Vaccination in Burma 1912-1922 - 1912-1922
Year: 1912
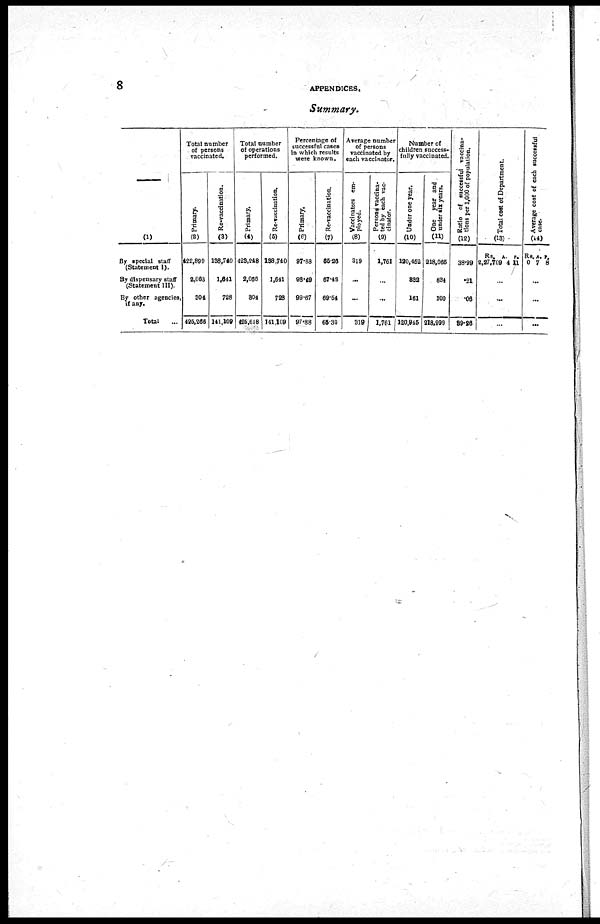
8
APPENDICES.
Summary.
(1)
By special staff
(Statement I).
By dispensary staff
(Statement III).
By other agencies,
if any.
Total ...
Total number
of persons
vaccinated.
Primary.
(2)
422,899
2,063
304
425,266
Re-vaccination.
(3)
138,740
1,641
728
141,109
Total number
of operations
performed.
Primary.
(4)
423,248
2,066
304
425,618
Re-vaccination.
(5)
138,740
1,641
728
141,169
Percentage of
successful cases
in which results
were known.
Primary.
(6)
97.88
98.49
99.67
97.88
Re-vaccination.
(7)
65.26
67.42
69.54
65.30
Average number
of persons
vaccinated by
each vaccinator.
Vaccinators em-
ployed.
(8)
319
...
...
319
Persona vaccina-
ted by each vac-
cinator.
(9)
1,761
...
...
1,761
Number of
children success-
fully vaccinated.
Under one year.
(10)
120,452
832
161
120,946
One year and
under six years.
(11)
218,065
834
100
218,999
Ratio of successful vaccina-
tions per 1,000 of population.
(12)
38.99
.21
.06
39.26
Total cost of Department.
(13)
Rs.
2,27,709
A.
4
P.
11
...
...
...
Average cost of each successful
case.
(14)
Rs.
0
A.
7
P.
8
...
...
...